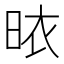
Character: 𭥾